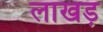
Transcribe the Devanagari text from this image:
लाखड़